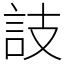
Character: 䚳